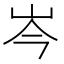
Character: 岑